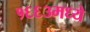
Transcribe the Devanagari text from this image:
१६६३मध्ये